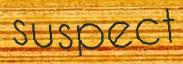
suspect